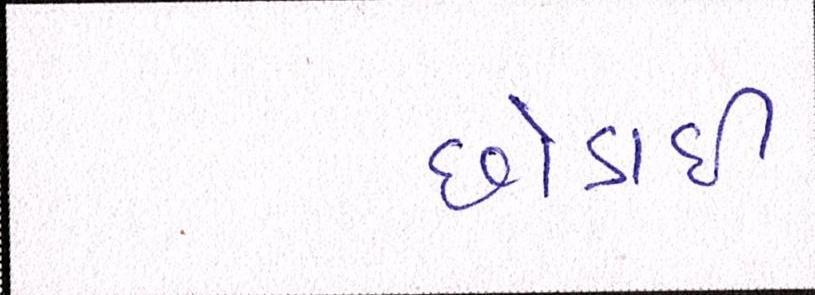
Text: છોડાઈ